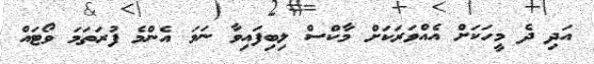
އަދި ދެ މީހަކަށް އެއްވަރަކަށް މާކްސް ލިބިފައިވާ ނަމަ އެންމެ ފުރަތަމަ ވޯޓައް